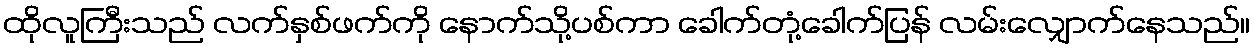
ထိုလူကြီးသည် လက်နှစ်ဖက်ကို နောက်သို့ပစ်ကာ ခေါက်တုံ့ခေါက်ပြန် လမ်းလျှောက်နေသည်။